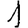
Digit: 1